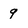
Character: q